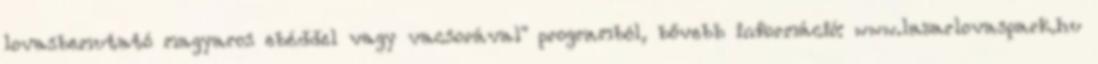
lovasbemutató magyaros ebéddel vagy vacsorával" programból, bővebb információ: www.lazarlovaspark.hu